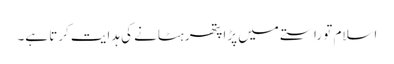
اسلام تو راستے میں پڑا پتھر ہٹانے کی ہدایت کرتا ہے۔